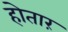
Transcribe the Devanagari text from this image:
होतारं